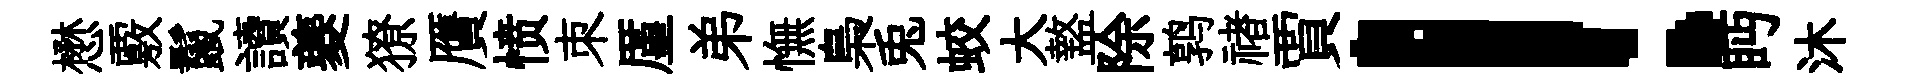
懋覈鬣讀夔獠贋愤朿厪弟憮梟兎蛟大盩除鹑禇賈！眄沐